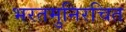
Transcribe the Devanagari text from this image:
भरतमुनिरचित